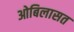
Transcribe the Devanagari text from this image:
ओबिलासत